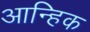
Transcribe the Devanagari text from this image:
आन्हिक